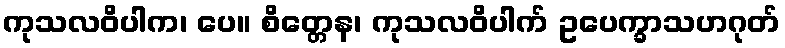
ကုသလဝိပါက၊ ပေ။ စိတ္တေန၊ ကုသလဝိပါက် ဥပေက္ခာသဟဂုတ်